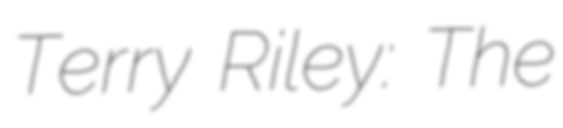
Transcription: Terry Riley: The